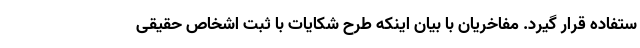
ستفاده قرار گیرد. مفاخریان با بیان اینکه طرح شکایات با ثبت اشخاص حقیقی